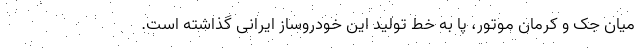
میان جک و کرمان موتور، پا به خط تولید این خودروساز ایرانی گذاشته است.